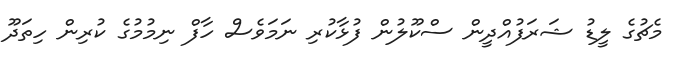
މެޗުގެ ލީޑު ޝަރަފުއްދީން ސްކޫލުން ފުޅާކުރި ނަމަވެސް ހާފް ނިމުމުގެ ކުރިން ހިތަދޫ